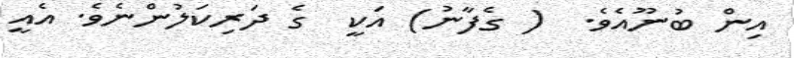
އިން ބުނޫއެވެ.  ( ގެފާނު) އަކީ  ގެ ދަރިކަލުންނެވެ. އެއީ